Indian journal of veterinary science and animal husbandry - Volume 4,
Year: 1934
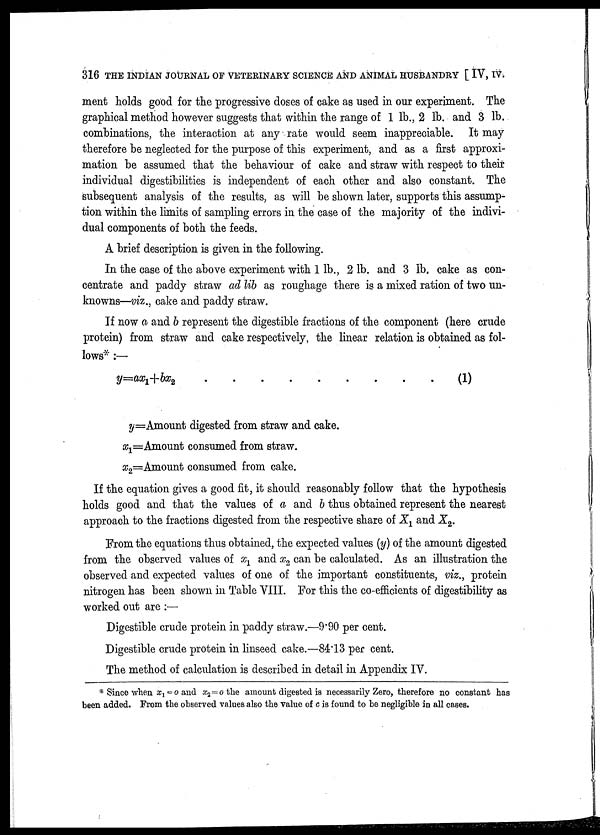
316 THE INDIAN JOURNAL OF VETERINARY SCIENCE AND ANIMAL HUSBANDRY [ IV, IV.
ment holds good for the progressive doses of cake as used in our experiment. The
graphical method however suggests that within the range of 1 lb., 2 lb. and 3 lb.
combinations, the interaction at any rate would seem inappreciable. It may
therefore be neglected for the purpose of this experiment, and as a first approxi-
mation be assumed that the behaviour of cake and straw with respect to their
individual digestibilities is independent of each other and also constant. The
subsequent analysis of the results, as will be shown later, supports this assump-
tion within the limits of sampling errors in the case of the majority of the indivi-
dual components of both the feeds.
A brief description is given in the following.
In the case of the above experiment with 1 lb., 2 lb. and 3 lb. cake as con-
centrate and paddy straw ad lib as roughage there is a mixed ration of two un-
knowns—viz., cake and paddy straw.
If now a and b represent the digestible fractions of the component (here crude
protein) from straw and cake respectively, the linear relation is obtained as fol-
lows* :—
y=ax 1 +bx 2
(1)
y=Amount digested from straw and cake.
x 1 =Amount consumed from straw.
x 2 =Amount consumed from cake.
If the equation gives a good fit, it should reasonably follow that the hypothesis
holds good and that the values of a and b thus obtained represent the nearest
approach to the fractions digested from the respective share of X 1 and X 2 .
From the equations thus obtained, the expected values (y) of the amount digested
from the observed values of x 1 and x 2 can be calculated. As an illustration the
observed and expected values of one of the important constituents, viz., protein
nitrogen has been shown in Table VIII. For this the co-efficients of digestibility as
worked out are :—
Digestible crude protein in paddy straw.—9.90 per cent.
Digestible crude protein in linseed cake.—84.13 per cent.
The method of calculation is described in detail in Appendix IV.
* Since when x 1 =o and x 2 = o the amount digested is necessarily Zero, therefore no constant has
been added. From the observed values also the value of c is found to be negligible in all cases.